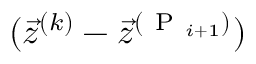
( \vec { z } ^ { ( k ) } - \vec { z } ^ { ( \mathrm { ~ P ~ } _ { i + 1 } ) } )